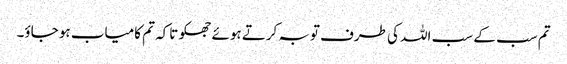
تم سب کے سب اللہ کی طرف توبہ کرتے ہوئے جھکو تاکہ تم کامیاب ہو جاؤ۔